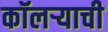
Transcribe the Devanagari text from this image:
कॉलऱ्याची